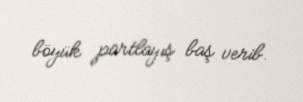
böyük partlayış baş verib.